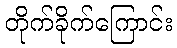
တိုက်ခိုက်ကြောင်း